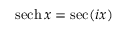
\operatorname { s e c h } x = \sec ( i x )